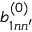
b _ { 1 n n ^ { \prime } } ^ { ( 0 ) }